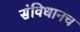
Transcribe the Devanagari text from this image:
संविधानच